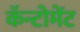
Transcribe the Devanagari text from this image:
कॅन्टोमेंट